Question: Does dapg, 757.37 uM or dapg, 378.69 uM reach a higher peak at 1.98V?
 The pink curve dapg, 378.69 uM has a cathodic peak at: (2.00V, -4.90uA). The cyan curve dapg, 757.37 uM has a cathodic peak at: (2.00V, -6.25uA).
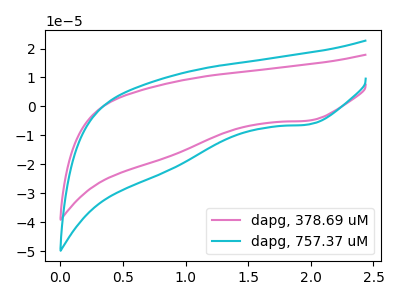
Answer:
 <answer>The peak at 1.98V is higher in "dapg, 757.37 uM" than in "dapg, 378.69 uM".</answer>
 <eval>higher</eval>